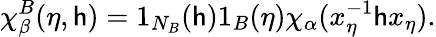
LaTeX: \chi_{\beta}^{B}(\eta,\mathsf{h})=1_{N_{B}}(\mathsf{h})1_{B}(\eta)\chi_{\alpha}(x_{\eta}^{-1}\mathsf{h}x_{\eta}).